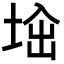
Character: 𡌜